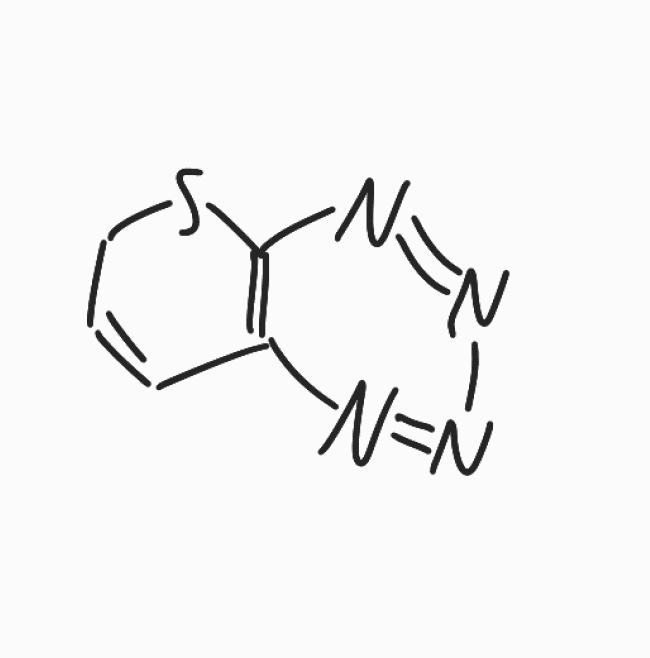
Simplified molecular-input line-entry system (SMILES) notation of the given molecule:
C1C=CC2=C(S1)N=NN=N2